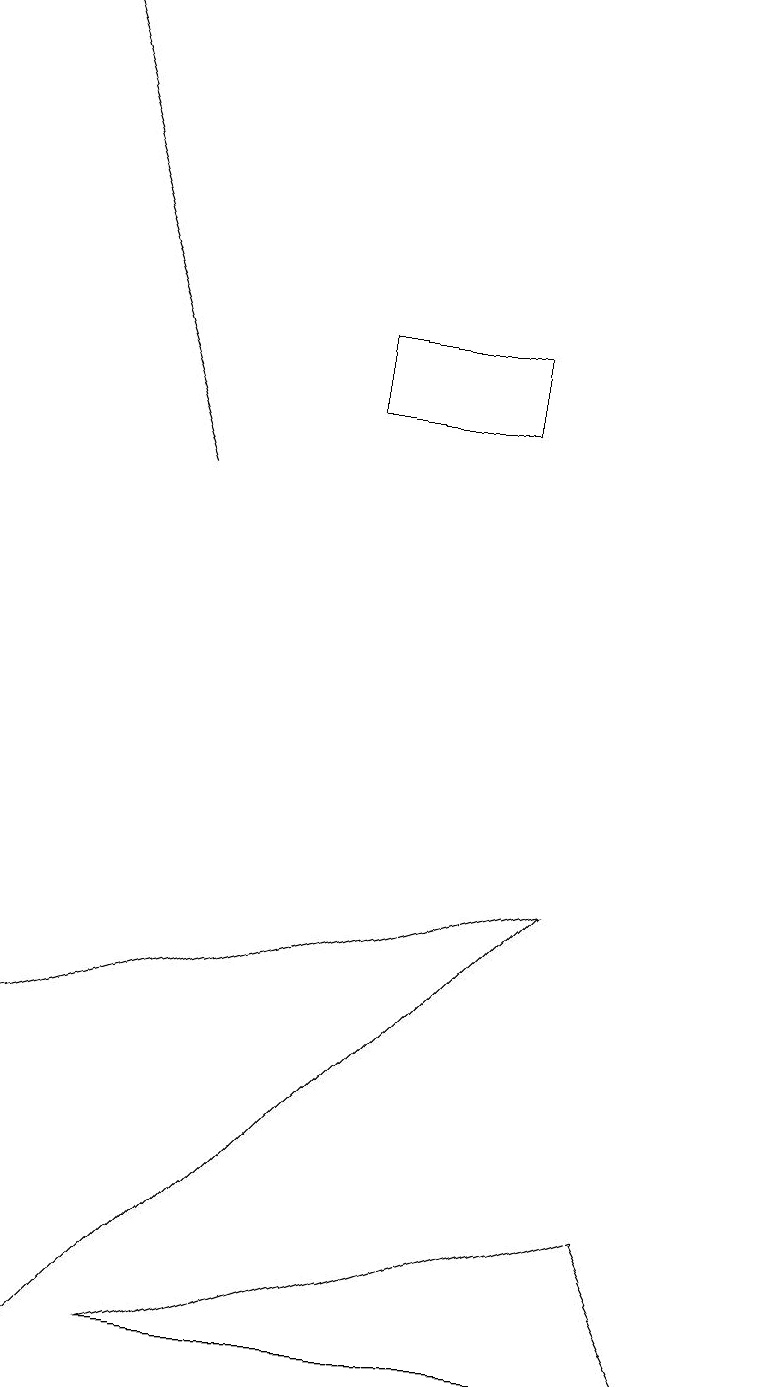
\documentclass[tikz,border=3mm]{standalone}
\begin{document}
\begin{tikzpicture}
\draw[->] (2,13) -- (0,19);
\draw (4,15) rectangle (6,14);
\draw (9,2) -- (8,4) -- (2,2) -- cycle;
\draw (7,8) -- (0,6) -- (1,2) -- cycle;
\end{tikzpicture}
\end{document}